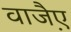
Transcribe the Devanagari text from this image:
वाजै़ए